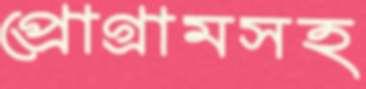
প্রোগ্রামসহ